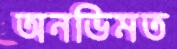
অনভিমত